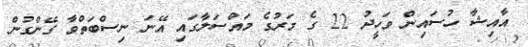
އާއިޝާ ހުސައިން ވަހީދު 22 ގެ މަރުގެ މައްސަލާގައި އޭނަ ނިސްބަތްވާ ގޭންގުން